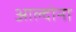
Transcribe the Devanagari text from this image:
आल्दोना